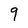
Character: 9